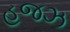
હજઝ